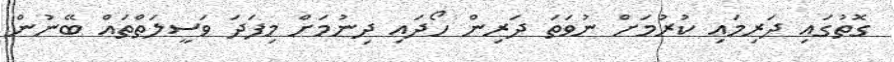
ގޮތުގައި ދަރިމައި ކުރުމަށް ނުވަތަ ދަރިން ހޯދައި ދިނުމަށް މިފަދަ ވަސީލަތްތައް ބޭނުން